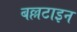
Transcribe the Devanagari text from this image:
बल्लटाइन